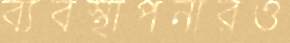
ব্যবস্থাপনারও